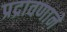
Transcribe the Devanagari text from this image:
प्रद्रावणाने